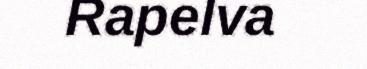
Rapelva